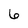
Character: 6